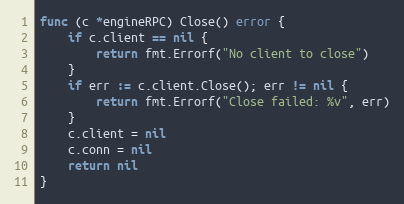
Language: Go
func (c *engineRPC) Close() error {
	if c.client == nil {
		return fmt.Errorf("No client to close")
	}
	if err := c.client.Close(); err != nil {
		return fmt.Errorf("Close failed: %v", err)
	}
	c.client = nil
	c.conn = nil
	return nil
}